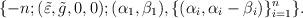
LaTeX: \begin{align*}\{-n; (\tilde{\varepsilon}, \tilde{g}, 0, 0); (\alpha_1,\beta_1), \{(\alpha_i, \alpha_i-\beta_i)\}_{i=1}^n \}.\end{align*}